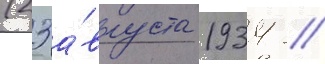
(23 а́вгуста 1934 /